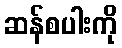
ဆန်စပါးကို